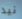
نيد